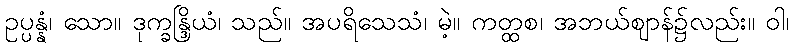
ဥပ္ပန္နံ၊ သော။ ဒုက္ခန္ဒြိယံ၊ သည်။ အပရိသေသံ၊ မဲ့။ ကတ္ထစ၊ အဘယ်ဈာန်၌လည်း။ ဝါ၊